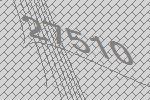
27510